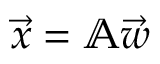
{ \vec { x } } = \mathbb { A } { \vec { w } }